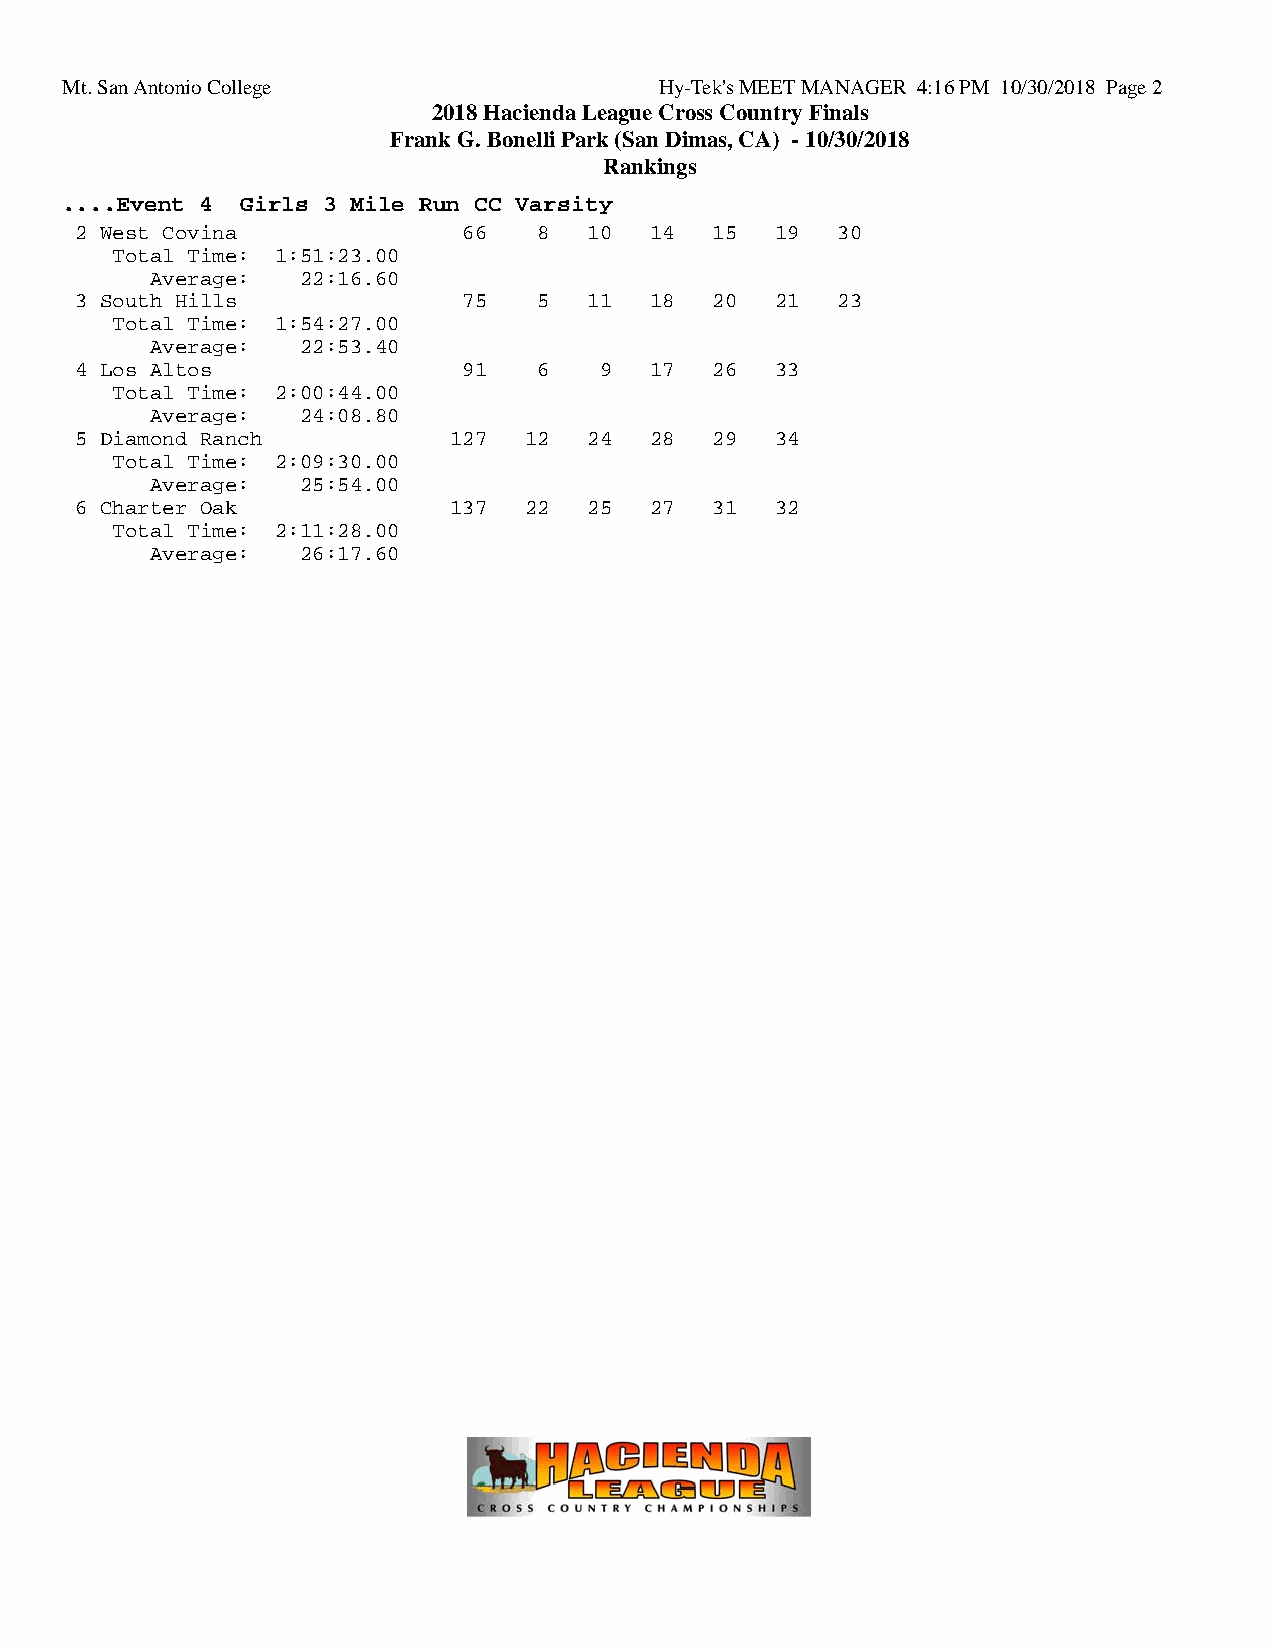
Mt. San Antonio College                 Hy-Tek's MEET MANAGER 4:16 PM 10/30/2018 Page 2
 2018 Hacienda League Cross Country Finals
 Frank G. Bonelli Park (San Dimas, CA) - 10/30/2018
 Rankings
 ....Event 4 Girls 3 Mile Run CC Varsity
 2 West Covina             66   8  10  14  15  19  30
 Total Time: 1:51:23.00
 Average:  22:16.60
 3 South Hills             75   5  11  18  20  21  23
 Total Time: 1:54:27.00
 Average:  22:53.40
 4 Los Altos               91   6   9  17  26  33
 Total Time: 2:00:44.00
 Average:  24:08.80
 5 Diamond Ranch          127  12  24  28  29  34
 Total Time: 2:09:30.00
 Average:  25:54.00
 6 Charter Oak            137  22  25  27  31  32
 Total Time: 2:11:28.00
 Average:  26:17.60